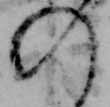
の